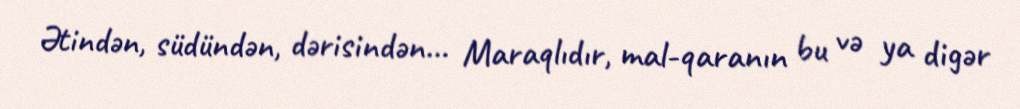
Ətindən, südündən, dərisindən... Maraqlıdır, mal-qaranın bu və ya digər